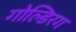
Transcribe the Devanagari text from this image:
गोल्डिरग